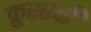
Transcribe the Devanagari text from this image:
क्रुसाची